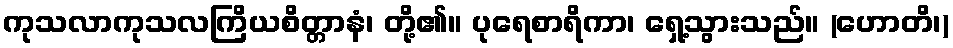
ကုသလာကုသလကြိယစိတ္တာနံ၊ တို့၏။ ပုရေစာရိကာ၊ ရှေ့သွားသည်။ (ဟောတိ၊)